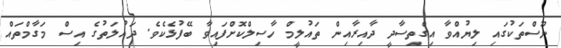
ނޫސްތަކުގައި ލިޔުއްވާ އިގްތިސާދީ ދާއިރާއިން ތައުލީމް ހާސިލްކޮށްފައިވާ ބޭފުޅެކެވެ. ދައުލަތުގެ އިސް މަގާމްތައް